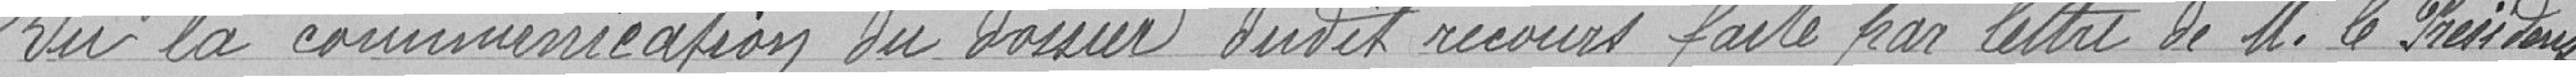
Vu la communication du dossier dudit recours faite par lettre de Monsieur le Président